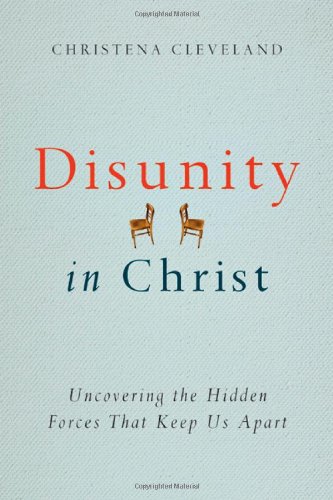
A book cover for Disunity in Christ: Uncovering the Hidden Forces that Keep Us Apart; Christena Cleveland; Medical Books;